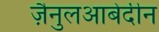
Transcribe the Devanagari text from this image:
जै़नुलआबेदीन